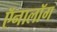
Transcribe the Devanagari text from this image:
ऍनालॉग